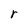
Character: r